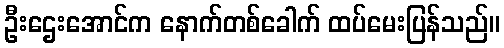
ဦးဌေးအောင်က နောက်တစ်ခေါက် ထပ်မေးပြန်သည်။